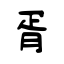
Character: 胥